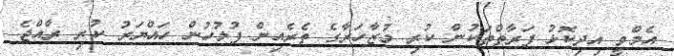
އެމްވީ އިދިކޮޅު ފަރާތްތަކުން ކުރި މުޒާހަރާގެ ތެރެއިން ފުލުހުން ހައްޔަރު ކުރި ރާއްޖެ